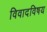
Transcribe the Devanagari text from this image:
विवादविषय